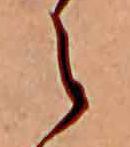
え